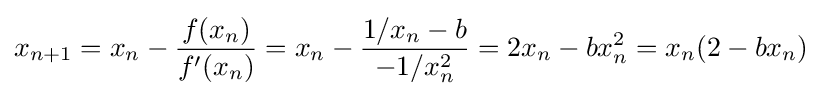
x_{n+1}=x_{n}-{\frac {f(x_{n})}{f'(x_{n})}}=x_{n}-{\frac {1/x_{n}-b}{-1/x_{n}^{2}}}=2x_{n}-bx_{n}^{2}=x_{n}(2-bx_{n})